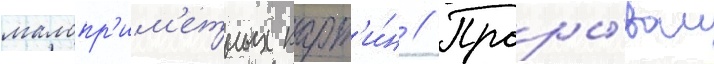
малопр'им'етных карт'и́н // Проры́вом